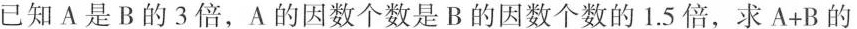
已知A是B的3倍，A的因数个数是B的因数个数的1.5倍，求A+B的